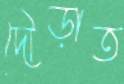
দৌড়াত